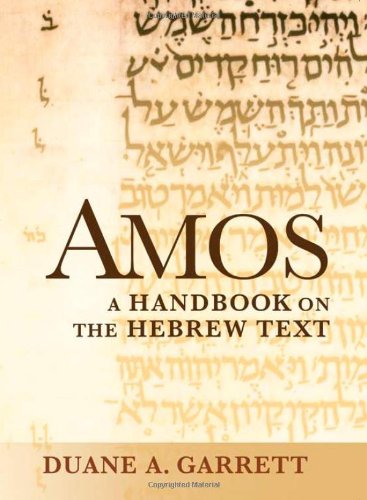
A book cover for Amos: A Handbook on the Hebrew Text (Baylor Handbook of the Hebrew Bible); Duane Garrett; Christian Books & Bibles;